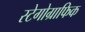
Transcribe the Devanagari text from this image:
स्टेगोग्राफिक